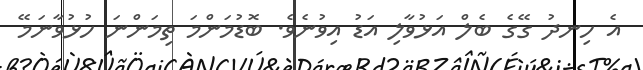
އެ ހިނދު ގޭގެ ބެލް އަޅުވާލި އަޑު އިވުނެވެ. ބޮޑުމަންމަ ތިމަންނަ ހުޅުވާނަމޭ